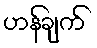
ဟန်ချက်